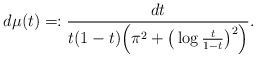
LaTeX: \begin{align*}d\mu(t)=:\frac{dt}{t(1-t)\Big(\pi^2+\big(\log\frac{t}{1-t}\big)^2\Big)}.\end{align*}